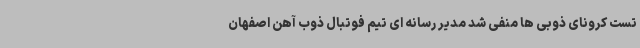
تست کرونای ذوبی ها منفی شد مدیر رسانه ای تیم فوتبال ذوب آهن اصفهان